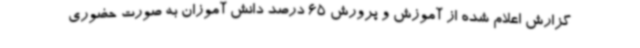
گزارش اعلام شده از آموزش و پرورش 65 درصد دانش آموزان به صورت حضوری